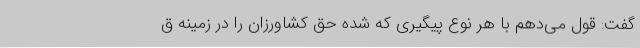
گفت: قول می‌دهم با هر نوع پیگیری که شده حق کشاورزان را در زمینه ق